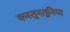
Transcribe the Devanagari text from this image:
कस्तुनतूनिया